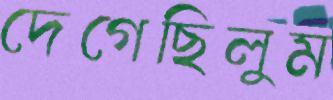
দেগেছিলুম